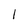
Character: 1